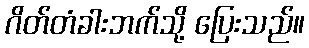
ဂိတ်တံခါးဘက်သို့ ပြေးသည်။